Bombay plague: being a history of the progress of plague in the Bombay presidency from September 1896 to June 1899
Year: 1896
Disease focus: Plague
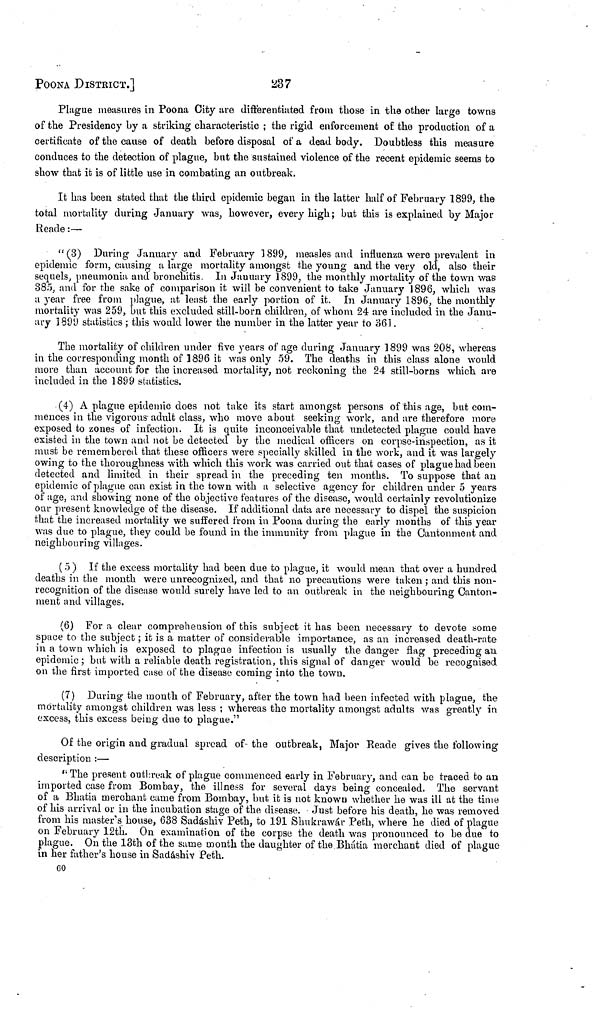
ΡΟΟΝA DISTRICT.]
237
Plague measures in Poema City are differentiated from those in the other large towns
of the Presidency by a striking characteristic ; the rigid enforcement of the production of a
certificate of the cause of death before disposal of a dead body. Doubtless this measure
conduces to the detection of plague, but the sustained violence of the recent epidemic seems to
show that it is of little use in combating an outbreak.
It has been stated that the third epidemic began in the latter half of February 1899, the
total mortality during January was, however, every high ; but this is explained by Major
Rende :—
"(3)
During January and February 1899, measles and influenza were prevalent in
epidemic form, causing a large mortality amongst the young and the very old, also their
sequels, pneumonia and bronchitis. In January 1899, the monthly mortality of the town was
385, and for the sake of comparison it will be convenient to take January 1896, which was
a year free from plague, at least the early portion of it. In January 1896, the monthly
mortality was 259, but this excluded still-born children, of whom 24 are included in the Janu-
ary 1899 statistics ; this would lower the number in the latter year to 361.
The mortality of children under five years of age during January 1899 was 208, whereas
in the corresponding month of 1896 it was only 59. The deaths in this class alone would
more than account for the increased mortality, not reckoning the 24 still-boras which are
included in the 1899 statistics.
(4) A plague epidemic does not take its start amongst persons of this age, but com-
mences in the vigorous adult class, who move about seeking work, and are therefore more
exposed to zones of infection. It is quite inconceivable that undetected plague could have
existed in the town and not be detected by the medical officers on corpse-inspection, as it
must be remembered that these officers were specially skilled in the work, and it was largely
owing to the thoroughness with which this work was carried out that cases of plague had been
detected and limited in their spread in the preceding ten months. To suppose that an
epidemic of plague can exist in the town with a selective agency for children under 5 years
of age, and showing none of the objective features of the disease, would certainly revolutionize
our present knowledge of the disease. If additional data are necessary to dispel the suspicion
that the increased mortality we suffered from in Poona during the early months of this year
was due to plague, they could be found in the immunity from plague in the Cantonment and
neighbouring villages.
( 5 ) If the excess mortality had been due to plague, it would mean that over a hundred
deaths in the month were unrecognized, and that no precautions were taken ; and this non-
recognition of the disease would surely have led to an outbreak in the neighbouring Canton-
ment and villages.
(6) For a clear comprehension of this subject it has been necessary to devote some
space to the subject ; it is a matter of considerable importance, as an increased death-rate
in a town which is exposed to plague infection is usually the danger flag preceding an
epidemic ; but with a reliable death registration, this signal of danger would be recognised
on the first imported case of the disease coming into the town.
(7) During the month of February, after the town had been infected with plague, the
mortality amongst children was less ; whereas the mortality amongst adults was greatly in
excess, this excess being due to plague."
Of the origin and gradual spread of the outbreak, Major Reade gives the following
description :—
"The present outbreak of plague commenced early in February, and can be traced to an
imported case from Bombay, the illness for several days being concealed. The servant
of a Bhatia merchant came from Bombay, but it is not known whether he was ill at the time
of his arrival or in the incubation stage of the disease. Just before his death, he was removed
from his master's house, 638 Sadáshiv Peth, to 191 Shukrawár Peth, where he died of plague
on February 12th. On examination of the corpse the death was pronounced to be due to
plague. On the 13th of the same month the daughter of the Bhátia merchant died of plague
in her father's house in Sadáshiv Peth.
60